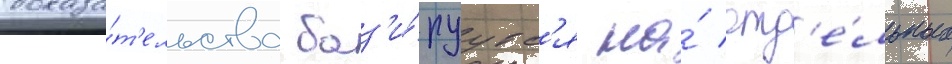
доказа́т'ельства баз'и́руутс'я на́ отд'е́льных